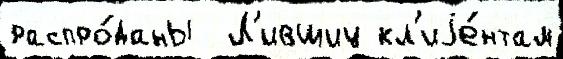
распро́даны  Л'ившиц кл'иjе́нтам